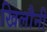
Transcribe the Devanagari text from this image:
खिलौनी